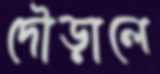
দৌড়ালে